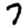
Digit: 7